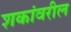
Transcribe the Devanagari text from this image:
शकांवरील